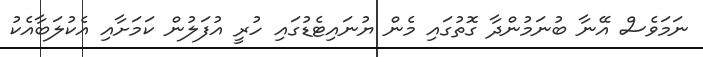
ނަމަވެސް އޭނާ ބުނަމުންދާ ގޮތުގައި މެން ޔުނައިޓެޑުގައި ހުރީ އުފަލުން ކަމަށާއި އެކުލަބާއެކު